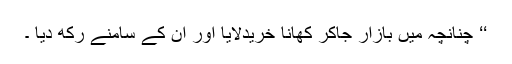
‘‘ چنانچہ میں بازار جاکر کھانا خریدلایا اور ان کے سامنے رکھ دیا ۔